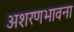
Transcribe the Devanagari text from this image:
अशरणभावना